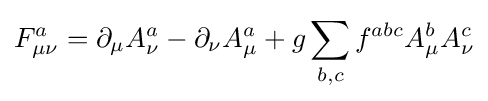
F_{\mu \nu }^{a}=\partial _{\mu }A_{\nu }^{a}-\partial _{\nu }A_{\mu }^{a}+g\sum _{b,c}f^{abc}A_{\mu }^{b}A_{\nu }^{c}